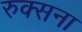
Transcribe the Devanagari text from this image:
रुक्सना